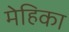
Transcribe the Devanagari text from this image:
मेहिका